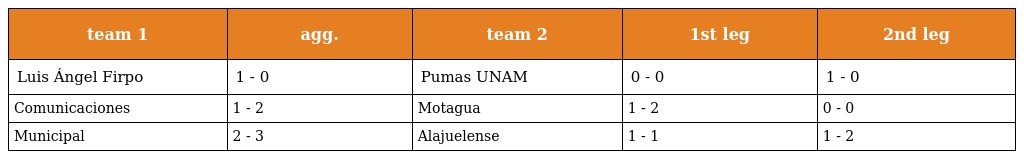
| team 1 | agg. | team 2 | 1st leg | 2nd leg |
 | --- | --- | --- | --- | --- |
 | Luis Ángel Firpo | 1 - 0 | Pumas UNAM | 0 - 0 | 1 - 0 |
 | Comunicaciones | 1 - 2 | Motagua | 1 - 2 | 0 - 0 |
 | Municipal | 2 - 3 | Alajuelense | 1 - 1 | 1 - 2 |